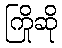
ကြိုဆို